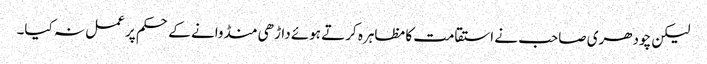
لیکن چودھری صاحب نے استقامت کا مظاہرہ کرتے ہوئے داڑھی منڈوانے کے حکم پر عمل نہ کیا۔